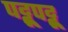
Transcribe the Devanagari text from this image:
पट्टूपट्टू